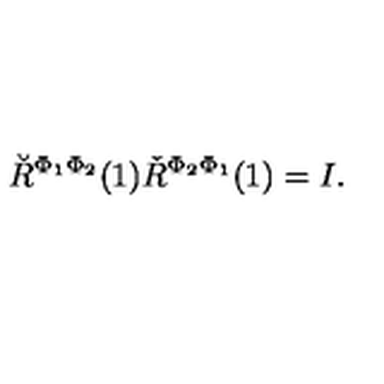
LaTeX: \breve { R } ^ { \Phi _ { 1 } \Phi _ { 2 } } ( 1 ) \check { R } ^ { \Phi _ { 2 } \Phi _ { 1 } } ( 1 ) = I .